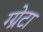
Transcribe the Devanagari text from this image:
ग्ग्रेटा